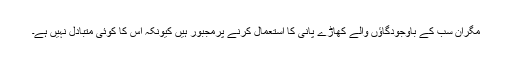
مگران سب کے باوجودگاؤں والے کھاڑے پانی کا استعمال کرنے پرمجبور ہیں کیونکہ اس کا کوئی متبادل نہیں ہے۔